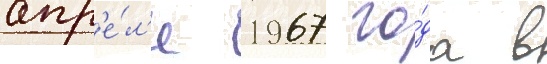
апр'е́л'е 1967 го́да в